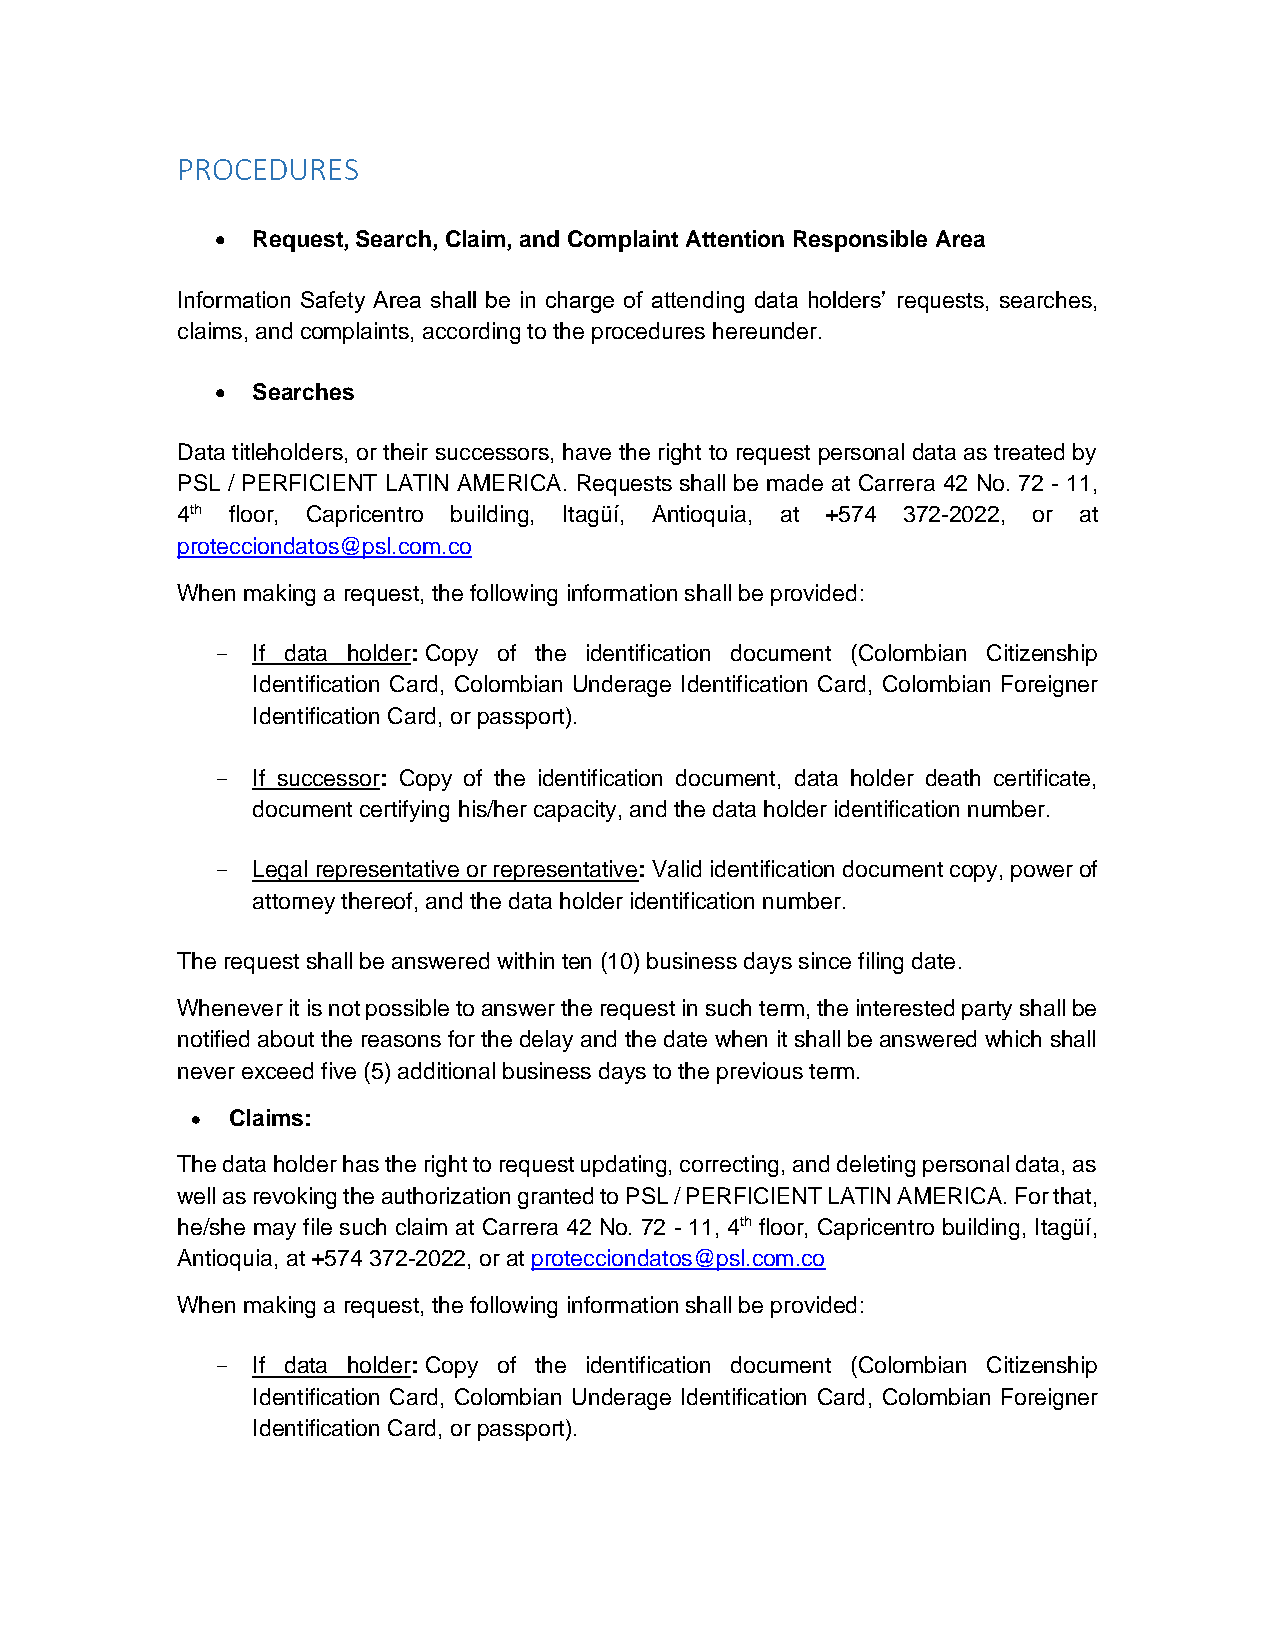
PROCEDURES
 •  Request, Search, Claim, and Complaint Attention Responsible Area
 Information Safety Area shall be in charge of attending data holders’ requests, searches,
 claims, and complaints, according to the procedures hereunder.
 •  Searches
 Data titleholders, or their successors, have the right to request personal data as treated by
 PSL / PERFICIENT LATIN AMERICA. Requests shall be made at Carrera 42 No. 72 - 11,
 4th floor, Capricentro building, Itagüí, Antioquia, at +574 372-2022, or at
 protecciondatos@psl.com.co
 When making a request, the following information shall be provided:
 -  If data holder: Copy of the identification document (Colombian Citizenship
 Identification Card, Colombian Underage Identification Card, Colombian Foreigner
 Identification Card, or passport).
 -  If successor: Copy of the identification document, data holder death certificate,
 document certifying his/her capacity, and the data holder identification number.
 -  Legal representative or representative: Valid identification document copy, power of
 attorney thereof, and the data holder identification number.
 The request shall be answered within ten (10) business days since filing date.
 Whenever it is not possible to answer the request in such term, the interested party shall be
 notified about the reasons for the delay and the date when it shall be answered which shall
 never exceed five (5) additional business days to the previous term.
 • Claims:
 The data holder has the right to request updating, correcting, and deleting personal data, as
 well as revoking the authorization granted to PSL / PERFICIENT LATIN AMERICA. For that,
 he/she may file such claim at Carrera 42 No. 72 - 11, 4th floor, Capricentro building, Itagüí,
 Antioquia, at +574 372-2022, or at protecciondatos@psl.com.co
 When making a request, the following information shall be provided:
 -  If data holder: Copy of the identification document (Colombian Citizenship
 Identification Card, Colombian Underage Identification Card, Colombian Foreigner
 Identification Card, or passport).